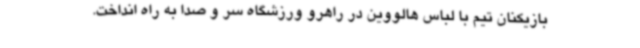
بازیکنان تیم با لباس هالووین در راهرو ورزشگاه سر و صدا به راه انداخت.